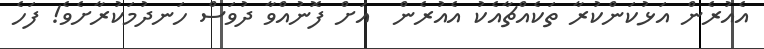
އެއުރެން އަޅުކަންކުރާ ތަކެއްޗާއެކު އެއުރެން  އަށް ފޮނުއްވާ ދުވަސް ހަނދުމަކުރާށެވެ! ފަހެ